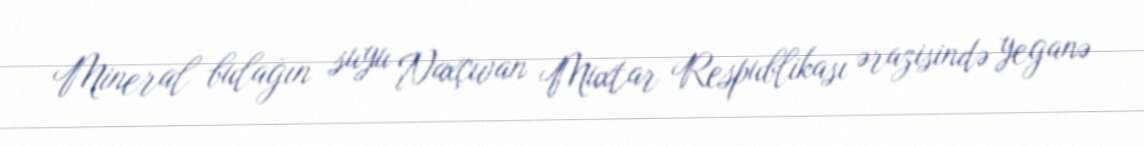
Mineral bulağın suyu Naxçıvan Muxtar Respublikası ərazisində yeganə